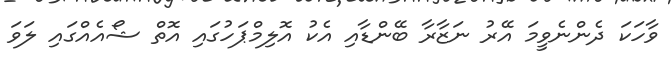
ވާހަކަ ދެންނެވީމަ އޭރު ނަޒާރާ ބޭންޑާއި އެކު އޮލިމްޕަހުގައި އޮތް ޝޯއެއްގައި ލަވަ